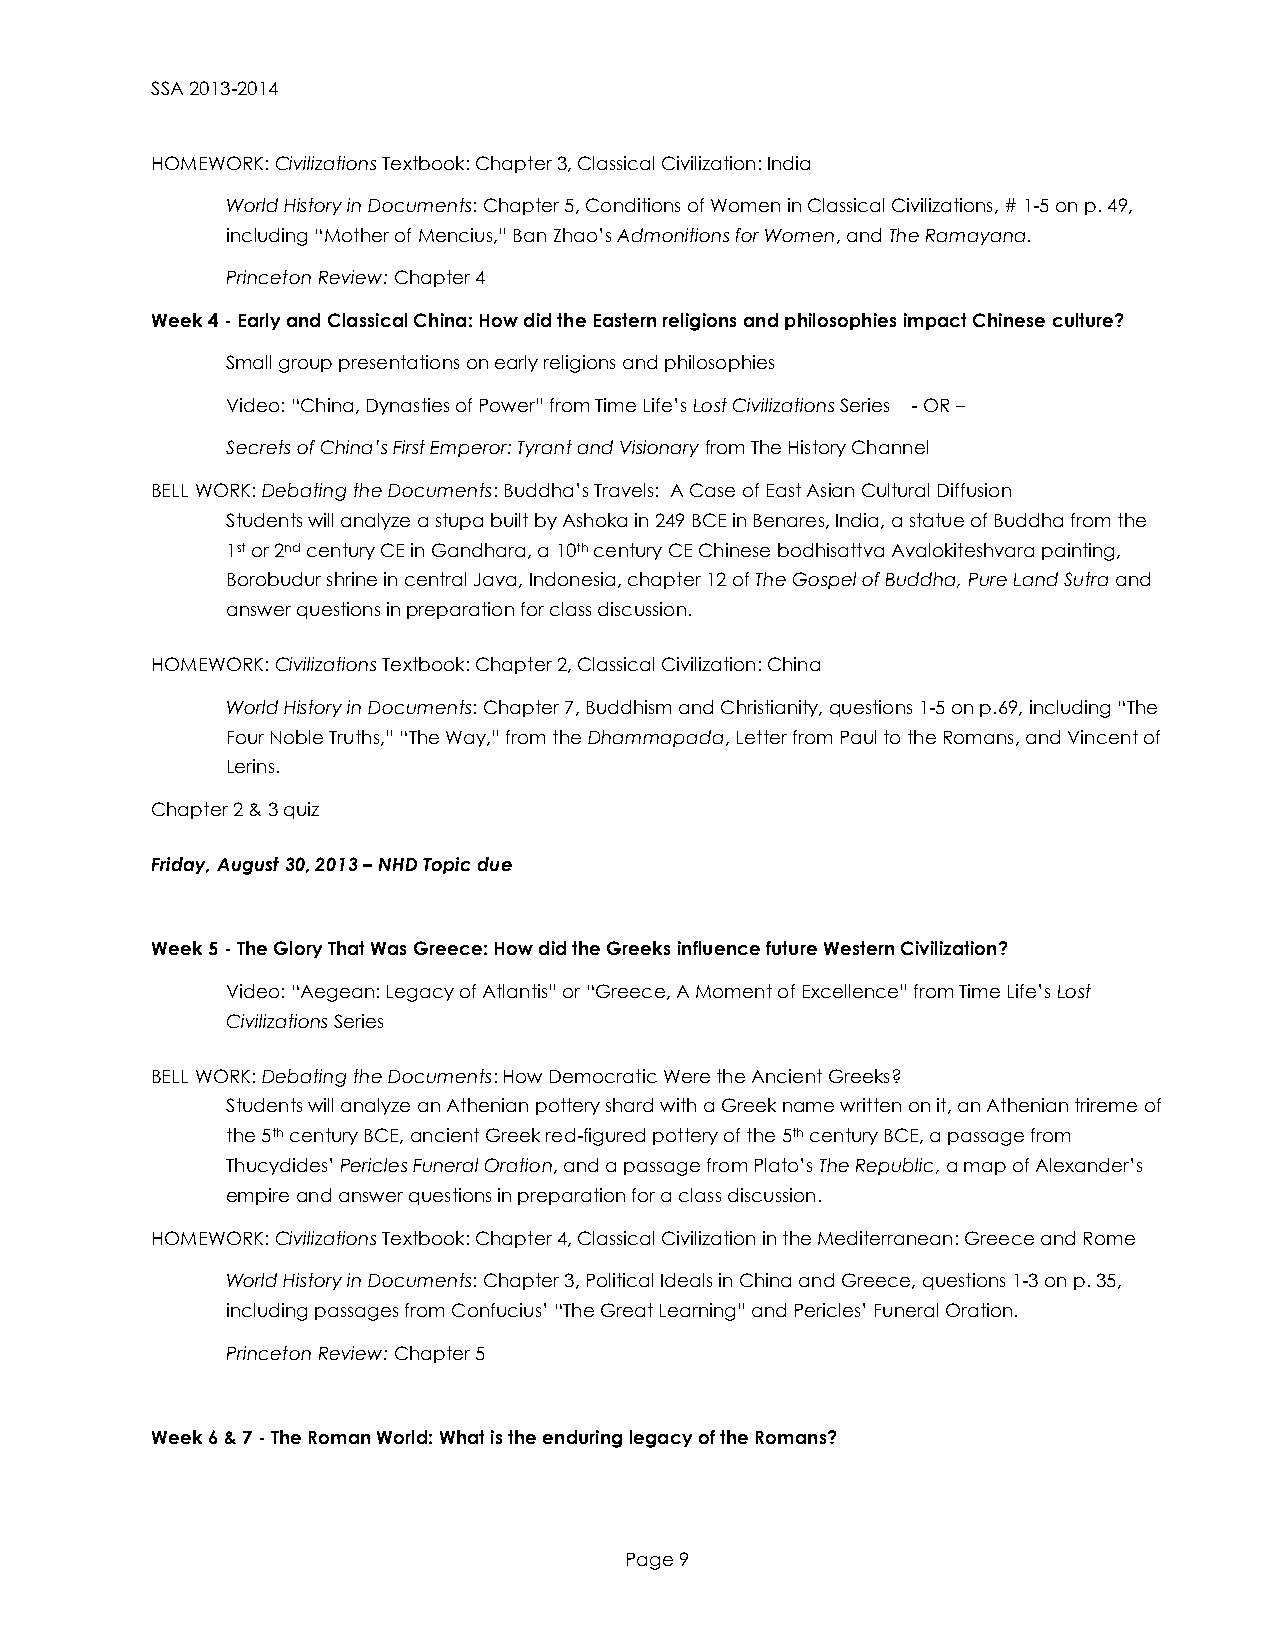
SSA 2013-2014
 HOMEWORK: Civilizations Textbook: Chapter 3, Classical Civilization: India
 World History in Documents: Chapter 5, Conditions of Women in Classical Civilizations, # 1-5 on p. 49,
 including “Mother of Mencius,” Ban Zhao’s Admonitions for Women, and The Ramayana.
 Princeton Review: Chapter 4
 Week 4 - Early and Classical China: How did the Eastern religions and philosophies impact Chinese culture?
 Small group presentations on early religions and philosophies
 Video: “China, Dynasties of Power” from Time Life’s Lost Civilizations Series - OR –
 Secrets of China’s First Emperor: Tyrant and Visionary from The History Channel
 BELL WORK: Debating the Documents: Buddha’s Travels: A Case of East Asian Cultural Diffusion
 Students will analyze a stupa built by Ashoka in 249 BCE in Benares, India, a statue of Buddha from the
 1st or 2nd century CE in Gandhara, a 10th century CE Chinese bodhisattva Avalokiteshvara painting,
 Borobudur shrine in central Java, Indonesia, chapter 12 of The Gospel of Buddha, Pure Land Sutra and
 answer questions in preparation for class discussion.
 HOMEWORK: Civilizations Textbook: Chapter 2, Classical Civilization: China
 World History in Documents: Chapter 7, Buddhism and Christianity, questions 1-5 on p.69, including “The
 Four Noble Truths,” “The Way,” from the Dhammapada, Letter from Paul to the Romans, and Vincent of
 Lerins.
 Chapter 2 & 3 quiz
 Friday, August 30, 2013 – NHD Topic due
 Week 5 - The Glory That Was Greece: How did the Greeks influence future Western Civilization?
 Video: “Aegean: Legacy of Atlantis” or “Greece, A Moment of Excellence” from Time Life’s Lost
 Civilizations Series
 BELL WORK: Debating the Documents: How Democratic Were the Ancient Greeks?
 Students will analyze an Athenian pottery shard with a Greek name written on it, an Athenian trireme of
 the 5th century BCE, ancient Greek red-figured pottery of the 5th century BCE, a passage from
 Thucydides’ Pericles Funeral Oration, and a passage from Plato’s The Republic, a map of Alexander’s
 empire and answer questions in preparation for a class discussion.
 HOMEWORK: Civilizations Textbook: Chapter 4, Classical Civilization in the Mediterranean: Greece and Rome
 World History in Documents: Chapter 3, Political Ideals in China and Greece, questions 1-3 on p. 35,
 including passages from Confucius’ “The Great Learning” and Pericles’ Funeral Oration.
 Princeton Review: Chapter 5
 Week 6 & 7 - The Roman World: What is the enduring legacy of the Romans?
 Page 9